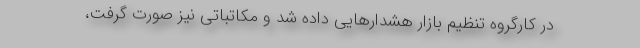
در کارگروه تنظیم بازار هشدارهایی داده شد و مکاتباتی نیز صورت گرفت،